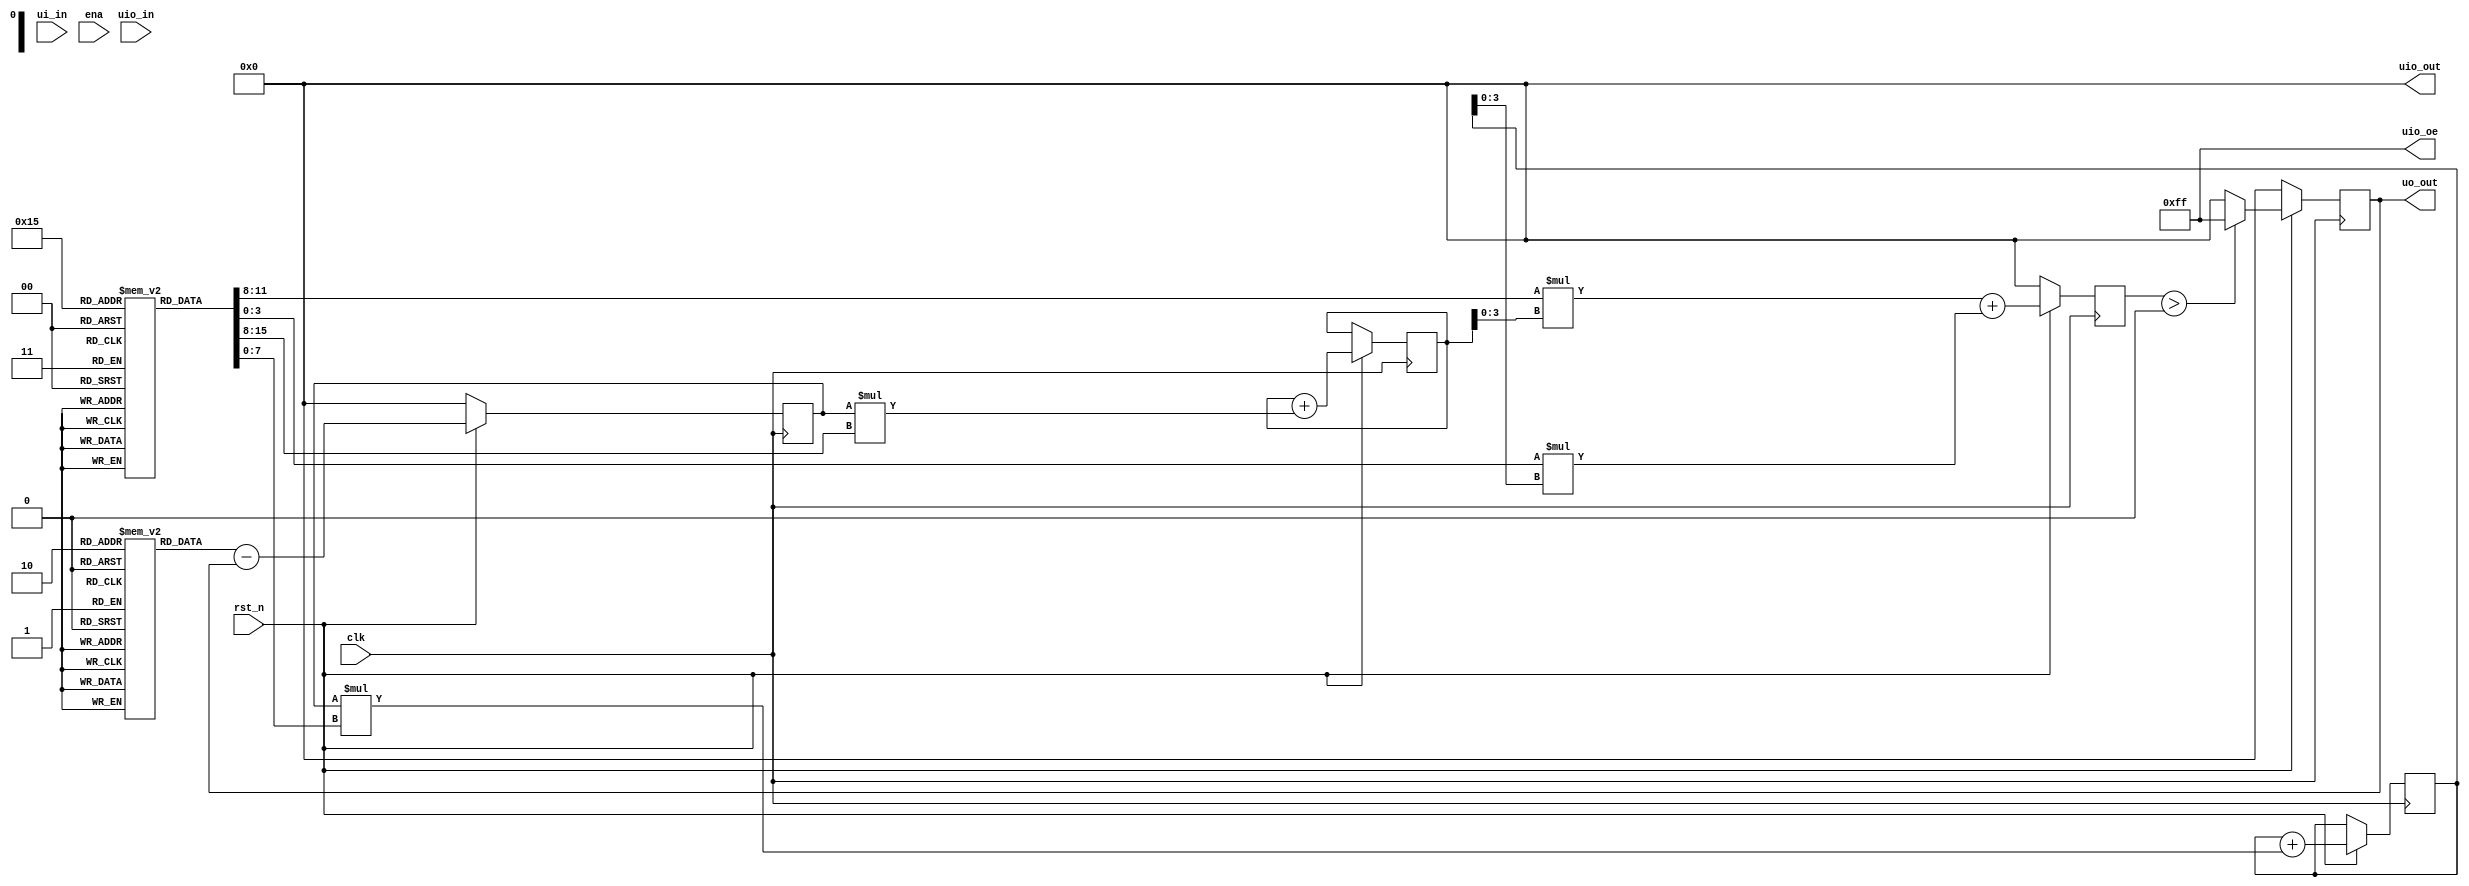
`default_nettype none

module tt_um_perceptron #( parameter n_samples = 3,
                           parameter inp_dim = 2
                           ) (
    input  wire [7:0] ui_in,    // Dedicated inputs - connected to the input switches
    output wire [7:0] uo_out,   // Dedicated outputs - connected to the 7 segment display
    input  wire [7:0] uio_in,   // IOs: Bidirectional Input path
    output wire [7:0] uio_out,  // IOs: Bidirectional Output path
    output wire [7:0] uio_oe,   // IOs: Bidirectional Enable path (active high: 0=input, 1=output)
    input  wire       ena,      // will go high when the design is enabled
    input  wire       clk,      // clock
    input  wire       rst_n     // reset_n - low to reset
);

  //This copy works
assign uio_oe = 8'b11111111;
assign uio_out = 8'b00000000;


reg [7:0] X [inp_dim-1:0][n_samples-1:0]; // [dimnension of data][no. of samples]
reg signed [7:0] W [inp_dim-1:0];
reg signed [7:0] Y [n_samples-1:0];
reg signed [7:0] activation_out[n_samples-1:0];
reg signed [7:0] delta;
reg [7:0] mac_out[n_samples-1:0];




integer i;



initial begin

    W[0]= {4'd0,4'd4};
    W[1]= {4'd0,4'd9};

    X[0][0] = {4'd0,4'd2};
    X[1][0]= {4'd0,4'd3};
    X[0][1] = {4'd0,4'd4};
    X[1][1]= {4'd0,4'd5};
    X[0][2] = {4'd0,4'd1};
    X[1][2]= {4'd0,4'd2};

    Y[0]= 8'd0;
    Y[1]= 8'd1;
    Y[2]= 8'd1;

    activation_out[0] = 0;
    activation_out[1] = 0;
    activation_out[2] = 0;
    delta = 8'd0;
    mac_out[0]=0;

end


always @(posedge clk)begin

 
    if(!rst_n)begin
        for(i=0;i<n_samples;i=i+1)begin
            mac_out[i] <= 0;
            activation_out[i] <= 0;
        end
  
        delta <= 0;
    end
    else begin


   for(i=0;i<n_samples;i=i+1)begin
    mac_out[i] <= X[0][i][3:0] * W[0][3:0] + X[1][i][3:0] * W[1][3:0];
    activation_out[i] <= mac_out[i] > 8'b00000000 ? 8'b11111111 : 8'b00000000;    // stick to perceptron for now
    delta <= Y[i] - activation_out[i];
    W[0] <= W[0] + (delta * X[0][i]);
    W[1] <= W[1] + (delta * X[1][i]);

   end

    end
end


assign  uo_out = activation_out[n_samples-1];


endmodule